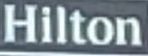
Hilton